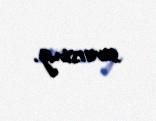
sevərsiniz.